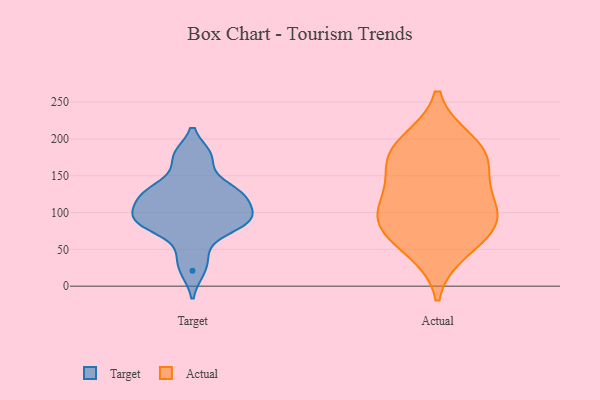
{"axis": {"x": "Waste Production (Tons)", "y": "Value"}, "legend": ["Actual", "Target"], "data": [{"x": "", "y": 177, "type": "Target"}, {"x": "", "y": 121, "type": "Target"}, {"x": "", "y": 89, "type": "Target"}, {"x": "", "y": 82, "type": "Target"}, {"x": "", "y": 91, "type": "Target"}, {"x": "", "y": 21, "type": "Target"}, {"x": "", "y": 83, "type": "Target"}, {"x": "", "y": 123, "type": "Target"}, {"x": "", "y": 122, "type": "Target"}, {"x": "", "y": 177, "type": "Target"}, {"x": "", "y": 91, "type": "Target"}, {"x": "", "y": 140, "type": "Target"}, {"x": "", "y": 127, "type": "Target"}, {"x": "", "y": 100, "type": "Target"}, {"x": "", "y": 44, "type": "Target"}, {"x": "", "y": 93, "type": "Actual"}, {"x": "", "y": 80, "type": "Actual"}, {"x": "", "y": 121, "type": "Actual"}, {"x": "", "y": 169, "type": "Actual"}, {"x": "", "y": 77, "type": "Actual"}, {"x": "", "y": 196, "type": "Actual"}, {"x": "", "y": 109, "type": "Actual"}, {"x": "", "y": 186, "type": "Actual"}, {"x": "", "y": 163, "type": "Actual"}, {"x": "", "y": 49, "type": "Actual"}]}